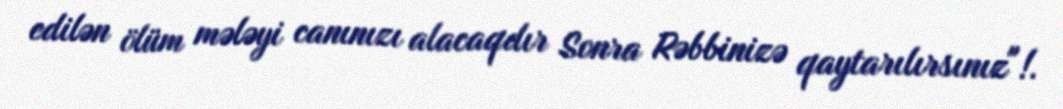
edilən ölüm mələyi canınızı alacaqdır Sonra Rəbbinizə qaytarılırsınız"!.